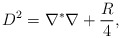
\begin{align*}D^2=\nabla^*\nabla+\frac{R}{4},\end{align*}